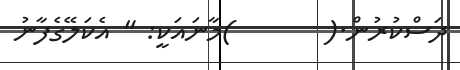
ދަސްކުރުން.(       )މާނައަކީ: " އެކަލޭގެފާނު